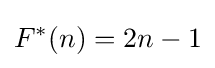
F^{*}(n)=2n-1